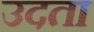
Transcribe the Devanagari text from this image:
उदता